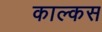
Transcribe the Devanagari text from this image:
काल्कस